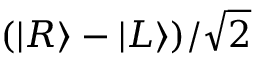
( | R \rangle - | L \rangle ) / { \sqrt { 2 } }